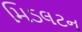
મિડલટન